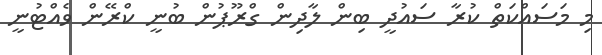
މި މަސައްްކަތް ކުރާ ސައުދީ ބިން ލާދިން ގްރޫޕުން ބުނީ ކްރޭން ވެއްޓުނީ